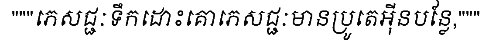
"""ភេសជ្ជៈទឹកដោះគោភេសជ្ជៈមានប្រូតេអ៊ីនបន្លែ,"""